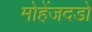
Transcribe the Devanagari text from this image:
मोहेंजदडो